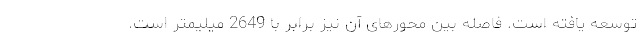
توسعه یافته است. فاصله بین محورهای آن نیز برابر با 2649 میلیمتر است.